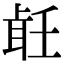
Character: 𦕢